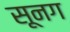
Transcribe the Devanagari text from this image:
सूनग